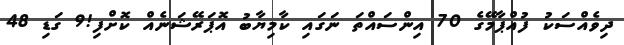
ދިވެއްސަކު ފުއްޕާމޭގެ 70 އިންސައްތަ ނަގައި ކާމިޔާބު އޮޕަރޭޝަނެއް ކޮށްފި!9 ގަޑި 48